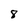
Character: 8